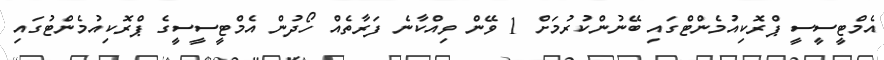
އެމްޓީސީސީ ޕްރޮކިއުމެންޓްގައި ބޭނުންކުރުމަށް 1 ވޭން ވިއްކާނެ ފަރާތެއް ހޯދުން އެމްޓީސީސީގެ ޕްރޮކިއުމެންޓުގައި